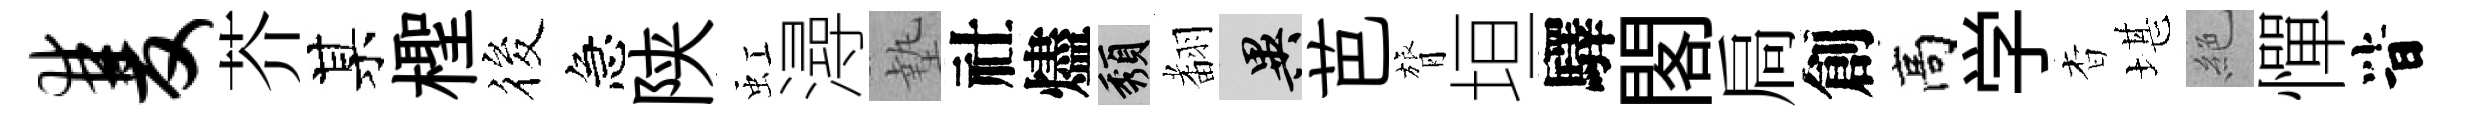
双芥某檉筱急陕虹潯墊社燼頽𮋒异芭膂垣驛閣扃創高学杳堪絶憚𣅜